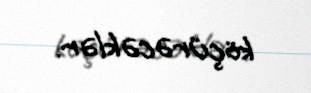
köçürəcəklər.